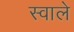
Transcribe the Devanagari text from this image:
स्वाले